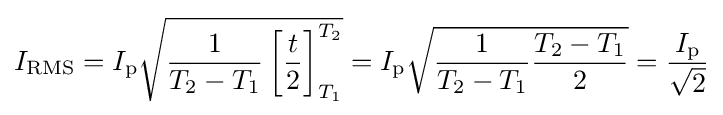
I_{\text{RMS}}=I_{\text{p}}{\sqrt {{1 \over {T_{2}-T_{1}}}\left[{t \over 2}\right]_{T_{1}}^{T_{2}}}}=I_{\text{p}}{\sqrt {{1 \over {T_{2}-T_{1}}}{{T_{2}-T_{1}} \over 2}}}={I_{\text{p}} \over {\sqrt {2}}}